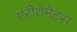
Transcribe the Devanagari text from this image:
एरीथेमेटस